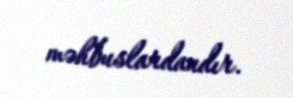
məhbuslardandır.